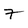
Character: 7